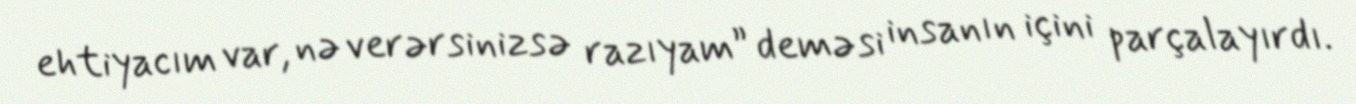
ehtiyacım var, nə verərsinizsə razıyam” deməsi insanın içini parçalayırdı.